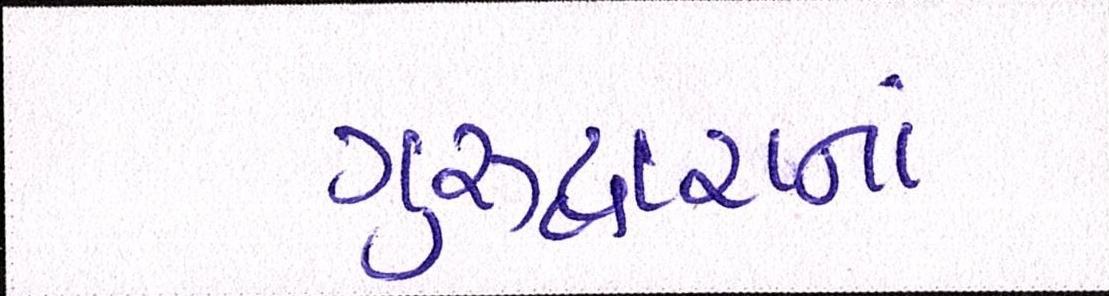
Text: ગુરુદ્વારાનાં